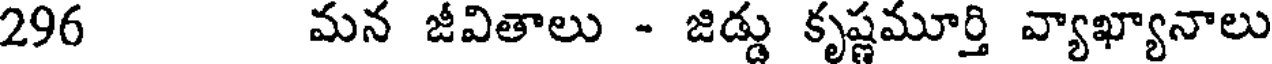
296 మన జీవితాలు - జిడ్డు కృష్ణమూర్తి వ్యాఖ్యానాలు